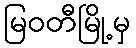
မြဝတီမြို့မှ